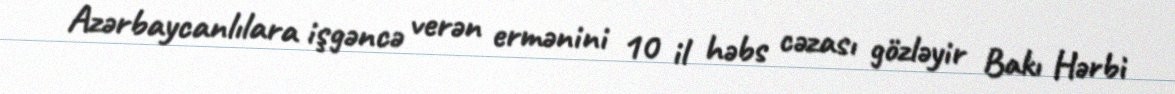
Azərbaycanlılara işgəncə verən ermənini 10 il həbs cəzası gözləyir Bakı Hərbi